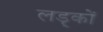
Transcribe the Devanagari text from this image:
लड़्कों